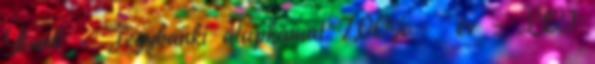
Bank – Jegybanki alapkamat 7,00% év – LEI